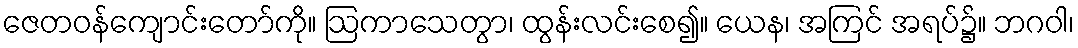
ဇေတဝန်ကျောင်းတော်ကို။ ဩကာသေတွာ၊ ထွန်းလင်းစေ၍။ ယေန၊ အကြင် အရပ်၌။ ဘဂဝါ၊